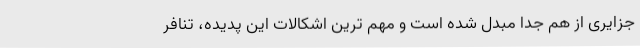
جزایری از هم جدا مبدل شده است و مهم ترین اشکالات این پدیده، تنافر